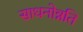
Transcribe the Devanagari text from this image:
साधनोन्नति